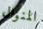
المنوال